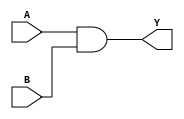
// https://coredocs.s3.amazonaws.com/Libero/12_0_0/Tool/sf2_mlg.pdf

module AND2 (
	input A, B,
	output Y
);
	assign Y = A & B;
endmodule

module AND3 (
	input A, B, C,
	output Y
);
	assign Y = A & B & C;
endmodule

module AND4 (
	input A, B, C, D,
	output Y
);
	assign Y = A & B & C & D;
endmodule

module CFG1 (
	output Y,
	input A
);
	parameter [1:0] INIT = 2'h0;
	assign Y = INIT >> A;
endmodule

module CFG2 (
	output Y,
	input A,
	input B
);
	parameter [3:0] INIT = 4'h0;
	assign Y = INIT >> {B, A};
endmodule

module CFG3 (
	output Y,
	input A,
	input B,
	input C
);
	parameter [7:0] INIT = 8'h0;
	assign Y = INIT >> {C, B, A};
endmodule

module CFG4 (
	output Y,
	input A,
	input B,
	input C,
	input D
);
	parameter [15:0] INIT = 16'h0;
	assign Y = INIT >> {D, C, B, A};
endmodule

module BUFF (
	input A,
	output Y
);
	assign Y = A;
endmodule

module BUFD (
	input A,
	output Y
);
	assign Y = A;
endmodule

module CLKINT (
	input A,
	(* clkbuf_driver *)
	output Y
);
	assign Y = A;
endmodule

module CLKINT_PRESERVE (
	input A,
	(* clkbuf_driver *)
	output Y
);
	assign Y = A;
endmodule

module GCLKINT (
	input A, EN,
	(* clkbuf_driver *)
	output Y
);
	assign Y = A & EN;
endmodule

module RCLKINT (
	input A,
	(* clkbuf_driver *)
	output Y
);
	assign Y = A;
endmodule

module RGCLKINT (
	input A, EN,
	(* clkbuf_driver *)
	output Y
);
	assign Y = A & EN;
endmodule

module SLE (
	output Q,
	input ADn,
	input ALn,
	(* clkbuf_sink *)
	input CLK,
	input D,
	input LAT,
	input SD,
	input EN,
	input SLn
);
	reg q_latch, q_ff;

	always @(posedge CLK, negedge ALn) begin
		if (!ALn) begin
			q_ff <= !ADn;
		end else if (EN) begin
			if (!SLn)
				q_ff <= SD;
			else
				q_ff <= D;
		end
	end

	always @* begin
		if (!ALn) begin
			q_latch <= !ADn;
		end else if (CLK && EN) begin
			if (!SLn)
				q_ff <= SD;
			else
				q_ff <= D;
		end
	end

	assign Q = LAT ? q_latch : q_ff;
endmodule

module ARI1 (
	input A, B, C, D, FCI,
	output Y, S, FCO
);
	parameter [19:0] INIT = 20'h0;
	wire [2:0] Fsel = {D, C, B};
	wire F0 = INIT[Fsel];
	wire F1 = INIT[8 + Fsel];
	wire Yout = A ? F1 : F0;
	assign Y = Yout;
	assign S = FCI ^ Yout;
	wire G = INIT[16] ? (INIT[17] ? F1 : F0) : INIT[17];
	wire P = INIT[19] ? 1'b1 : (INIT[18] ? Yout : 1'b0);
	assign FCO = P ? FCI : G;
endmodule

// module FCEND_BUFF
// module FCINIT_BUFF
// module FLASH_FREEZE
// module OSCILLATOR
// module SYSCTRL_RESET_STATUS
// module LIVE_PROBE_FB

(* blackbox *)
module GCLKBUF (
	(* iopad_external_pin *)
	input PAD,
	input EN,
	(* clkbuf_driver *)
	output Y
);
endmodule

(* blackbox *)
module GCLKBUF_DIFF (
	(* iopad_external_pin *)
	input PADP,
	(* iopad_external_pin *)
	input PADN,
	input EN,
	(* clkbuf_driver *)
	output Y
);
endmodule

(* blackbox *)
module GCLKBIBUF (
	input D,
	input E,
	input EN,
	(* iopad_external_pin *)
	inout PAD,
	(* clkbuf_driver *)
	output Y
);
endmodule

// module DFN1
// module DFN1C0
// module DFN1E1
// module DFN1E1C0
// module DFN1E1P0
// module DFN1P0
// module DLN1
// module DLN1C0
// module DLN1P0

module INV (
	input A,
	output Y
);
	assign Y = !A;
endmodule

module INVD (
	input A,
	output Y
);
	assign Y = !A;
endmodule

module MX2 (
	input A, B, S,
	output Y
);
	assign Y = S ? B : A;
endmodule

module MX4 (
	input D0, D1, D2, D3, S0, S1,
	output Y
);
	assign Y = S1 ? (S0 ? D3 : D2) : (S0 ? D1 : D0);
endmodule

module NAND2 (
	input A, B,
	output Y
);
	assign Y = !(A & B);
endmodule

module NAND3 (
	input A, B, C,
	output Y
);
	assign Y = !(A & B & C);
endmodule

module NAND4 (
	input A, B, C, D,
	output Y
);
	assign Y = !(A & B & C & D);
endmodule

module NOR2 (
	input A, B,
	output Y
);
	assign Y = !(A | B);
endmodule

module NOR3 (
	input A, B, C,
	output Y
);
	assign Y = !(A | B | C);
endmodule

module NOR4 (
	input A, B, C, D,
	output Y
);
	assign Y = !(A | B | C | D);
endmodule

module OR2 (
	input A, B,
	output Y
);
	assign Y = A | B;
endmodule

module OR3 (
	input A, B, C,
	output Y
);
	assign Y = A | B | C;
endmodule

module OR4 (
	input A, B, C, D,
	output Y
);
	assign Y = A | B | C | D;
endmodule

module XOR2 (
	input A, B,
	output Y
);
	assign Y = A ^ B;
endmodule

module XOR3 (
	input A, B, C,
	output Y
);
	assign Y = A ^ B ^ C;
endmodule

module XOR4 (
	input A, B, C, D,
	output Y
);
	assign Y = A ^ B ^ C ^ D;
endmodule

module XOR8 (
	input A, B, C, D, E, F, G, H,
	output Y
);
	assign Y = A ^ B ^ C ^ D ^ E ^ F ^ G ^ H;
endmodule

// module UJTAG

module BIBUF (
	input D,
	input E,
	(* iopad_external_pin *)
	inout PAD,
	output Y
);
	parameter IOSTD = "";
	assign PAD = E ? D : 1'bz;
	assign Y = PAD;
endmodule

(* blackbox *)
module BIBUF_DIFF (
	input D,
	input E,
	(* iopad_external_pin *)
	inout PADP,
	(* iopad_external_pin *)
	inout PADN,
	output Y
);
	parameter IOSTD = "";
endmodule

module CLKBIBUF (
	input D,
	input E,
	(* iopad_external_pin *)
	inout PAD,
	(* clkbuf_driver *)
	output Y
);
	parameter IOSTD = "";
	assign PAD = E ? D : 1'bz;
	assign Y = PAD;
endmodule

module CLKBUF (
	(* iopad_external_pin *)
	input PAD,
	(* clkbuf_driver *)
	output Y
);
	parameter IOSTD = "";
	assign Y = PAD;
endmodule

(* blackbox *)
module CLKBUF_DIFF (
	(* iopad_external_pin *)
	input PADP,
	(* iopad_external_pin *)
	input PADN,
	(* clkbuf_driver *)
	output Y
);
	parameter IOSTD = "";
endmodule

module INBUF (
	(* iopad_external_pin *)
	input PAD,
	output Y
);
	parameter IOSTD = "";
	assign Y = PAD;
endmodule

(* blackbox *)
module INBUF_DIFF (
	(* iopad_external_pin *)
	input PADP,
	(* iopad_external_pin *)
	input PADN,
	output Y
);
	parameter IOSTD = "";
endmodule

module OUTBUF (
	input D,
	(* iopad_external_pin *)
	output PAD
);
	parameter IOSTD = "";
	assign PAD = D;
endmodule

(* blackbox *)
module OUTBUF_DIFF (
	input D,
	(* iopad_external_pin *)
	output PADP,
	(* iopad_external_pin *)
	output PADN
);
	parameter IOSTD = "";
endmodule

module TRIBUFF (
	input D,
	input E,
	(* iopad_external_pin *)
	output PAD
);
	parameter IOSTD = "";
	assign PAD = E ? D : 1'bz;
endmodule

(* blackbox *)
module TRIBUFF_DIFF (
	input D,
	input E,
	(* iopad_external_pin *)
	output PADP,
	(* iopad_external_pin *)
	output PADN
);
	parameter IOSTD = "";
endmodule

// module DDR_IN
// module DDR_OUT
// module RAM1K18
// module RAM64x18
// module MACC

(* blackbox *)
module SYSRESET (
	(* iopad_external_pin *)
	input  DEVRST_N,
	output POWER_ON_RESET_N);
endmodule


(* blackbox *)
module XTLOSC (
	(* iopad_external_pin *)
	input  XTL,
	output CLKOUT);
	parameter [1:0] MODE = 2'h3;
	parameter real FREQUENCY = 20.0;
endmodule

(* blackbox *)
module RAM1K18 (
	input [13:0]  A_ADDR,
	input [2:0]   A_BLK,
	(* clkbuf_sink *)
	input	      A_CLK,
	input [17:0]  A_DIN,
	output [17:0] A_DOUT,
	input [1:0]   A_WEN,
	input [2:0]   A_WIDTH,
	input	      A_WMODE,
	input	      A_ARST_N,
	input	      A_DOUT_LAT,
	input	      A_DOUT_ARST_N,
	(* clkbuf_sink *)
	input	      A_DOUT_CLK,
	input	      A_DOUT_EN,
	input	      A_DOUT_SRST_N,

	input [13:0]  B_ADDR,
	input [2:0]   B_BLK,
	(* clkbuf_sink *)
	input	      B_CLK,
	input [17:0]  B_DIN,
	output [17:0] B_DOUT,
	input [1:0]   B_WEN,
	input [2:0]   B_WIDTH,
	input	      B_WMODE,
	input	      B_ARST_N,
	input	      B_DOUT_LAT,
	input	      B_DOUT_ARST_N,
	(* clkbuf_sink *)
	input	      B_DOUT_CLK,
	input	      B_DOUT_EN,
	input	      B_DOUT_SRST_N,

	input	      A_EN,
	input	      B_EN,
	input	      SII_LOCK,
	output	      BUSY);
endmodule

(* blackbox *)
module RAM64x18 (
	input [9:0]   A_ADDR,
	input [1:0]   A_BLK,
	input [2:0]   A_WIDTH,
	output [17:0] A_DOUT,
	input	      A_DOUT_ARST_N,
	(* clkbuf_sink *)
	input	      A_DOUT_CLK,
	input	      A_DOUT_EN,
	input	      A_DOUT_LAT,
	input	      A_DOUT_SRST_N,
	(* clkbuf_sink *)
	input	      A_ADDR_CLK,
	input	      A_ADDR_EN,
	input	      A_ADDR_LAT,
	input	      A_ADDR_SRST_N,
	input	      A_ADDR_ARST_N,

	input [9:0]   B_ADDR,
	input [1:0]   B_BLK,
	input [2:0]   B_WIDTH,
	output [17:0] B_DOUT,
	input	      B_DOUT_ARST_N,
	(* clkbuf_sink *)
	input	      B_DOUT_CLK,
	input	      B_DOUT_EN,
	input	      B_DOUT_LAT,
	input	      B_DOUT_SRST_N,
	(* clkbuf_sink *)
	input	      B_ADDR_CLK,
	input	      B_ADDR_EN,
	input	      B_ADDR_LAT,
	input	      B_ADDR_SRST_N,
	input	      B_ADDR_ARST_N,

	input [9:0]   C_ADDR,
	(* clkbuf_sink *)
	input	      C_CLK,
	input [17:0]  C_DIN,
	input	      C_WEN,
	input [1:0]   C_BLK,
	input [2:0]   C_WIDTH,

	input	      A_EN,
	input	      B_EN,
	input	      C_EN,
	input	      SII_LOCK,
	output	      BUSY);
endmodule